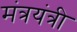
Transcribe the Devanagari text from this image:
मंत्रयंत्री